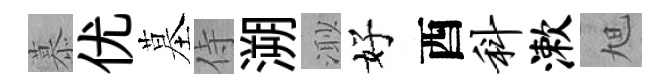
慕优墓侍溯𣺌好酉科漱旭